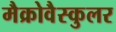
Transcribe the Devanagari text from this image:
मैक्रोवैस्कुलर